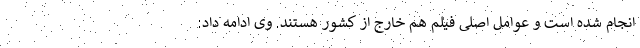
انجام شده است و عوامل اصلی فیلم هم خارج از کشور هستند. وی ادامه داد: